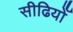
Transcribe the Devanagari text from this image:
सीढियोँ